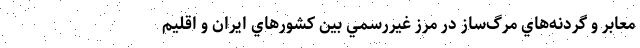
معابر و گردنه‌هاي مرگ‌ساز در مرز غيررسمي بين كشورهاي ايران و اقليم